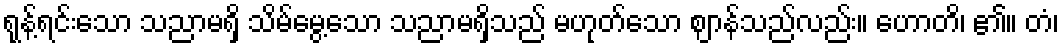
ရုန့်ရင်းသော သညာမရှိ သိမ်မွေ့သော သညာမရှိသည် မဟုတ်သော ဈာန်သည်လည်း။ ဟောတိ၊ ၏။ တံ၊